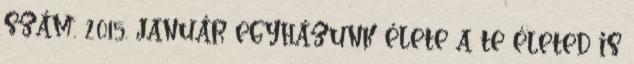
SZÁM, 2015. JANUÁR EGYHÁZUNK ÉLETE A TE ÉLETED IS